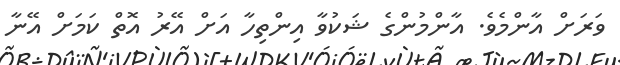
ވަރަށް އާންމެވެ. އާންމުންގެ ޝަކުވާ އިންތިހާ އަށް އޭރު އޮތް ކަމަށް އޭނާ